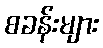
စခန်းများ